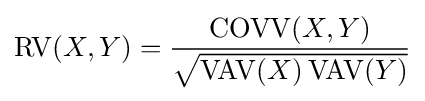
\mathrm {RV} (X,Y)={\frac {\operatorname {COVV} (X,Y)}{\sqrt {\operatorname {VAV} (X)\operatorname {VAV} (Y)}}}